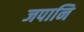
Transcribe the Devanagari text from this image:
जपानि